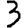
Digit: 3